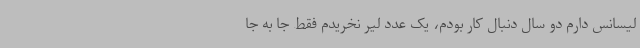
لیسانس دارم دو سال دنبال کار بودم، یک عدد لیر نخریدم فقط جا به جا